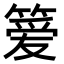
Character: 𫂖